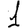
Digit: 1